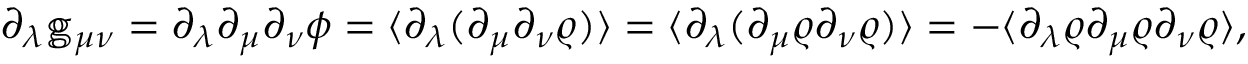
\begin{array} { r } { \partial _ { \lambda } \mathbb { g } _ { \mu \nu } = \partial _ { \lambda } \partial _ { \mu } \partial _ { \nu } \phi = \langle \partial _ { \lambda } ( \partial _ { \mu } \partial _ { \nu } \varrho ) \rangle = \langle \partial _ { \lambda } ( \partial _ { \mu } \varrho \partial _ { \nu } \varrho ) \rangle = - \langle \partial _ { \lambda } \varrho \partial _ { \mu } \varrho \partial _ { \nu } \varrho \rangle , } \end{array}